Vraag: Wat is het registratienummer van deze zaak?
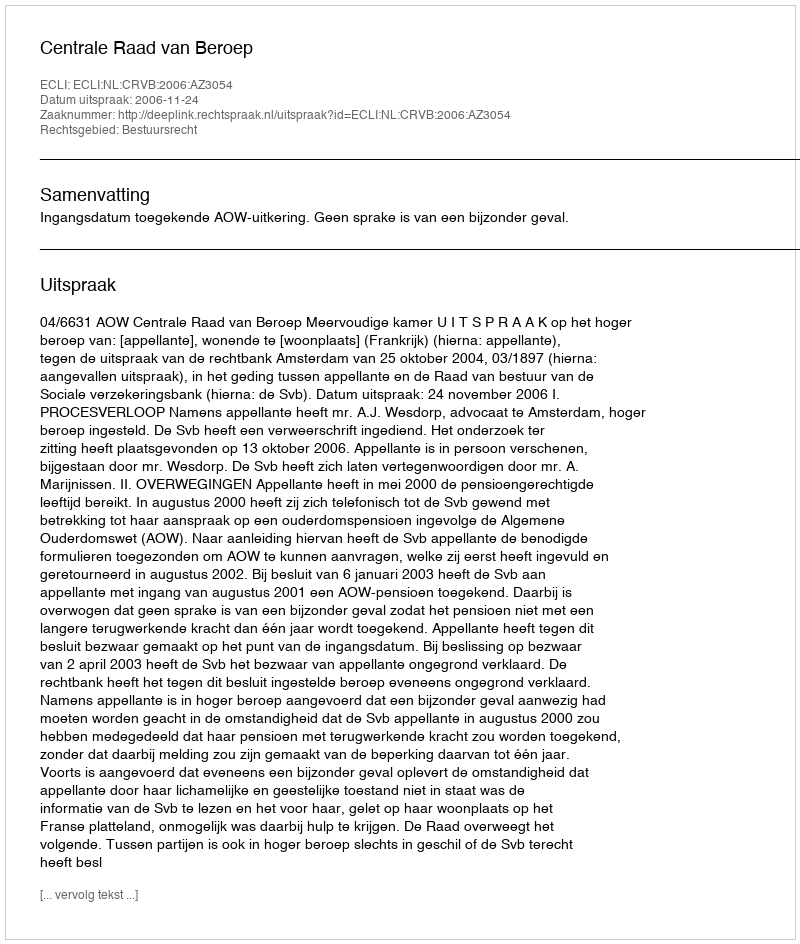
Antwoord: http://deeplink.rechtspraak.nl/uitspraak?id=ECLI:NL:CRVB:2006:AZ3054